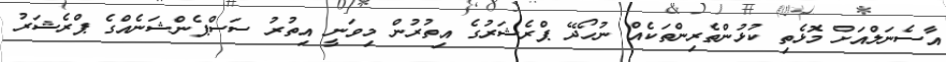
އާސެނަލްއަށް މޮޅެތި ކުޅުންތެރިންތަކެއް ނުހޯދޭ ޕްރެޝަރުގެ އިތުރުން މިވަނީ އިތުރު ސަސްޕެންޝަނެއްގެ ޕްރެޝަރު